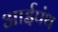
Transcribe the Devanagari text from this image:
आईपंथ